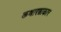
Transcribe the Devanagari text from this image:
कथारत्नाकार